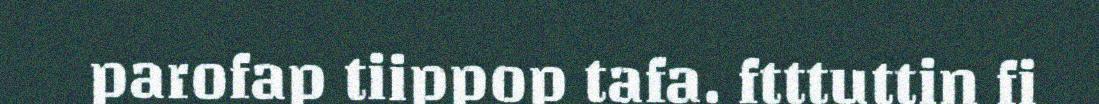
parofap tiippop tafa. ftttuttin fi